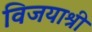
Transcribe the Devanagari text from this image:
विजयाश्री